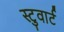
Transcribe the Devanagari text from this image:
स्टुवार्ट